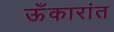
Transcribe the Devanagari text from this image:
ऊँकारांत